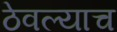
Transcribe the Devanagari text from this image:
ठेवल्याच